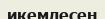
икемдесең